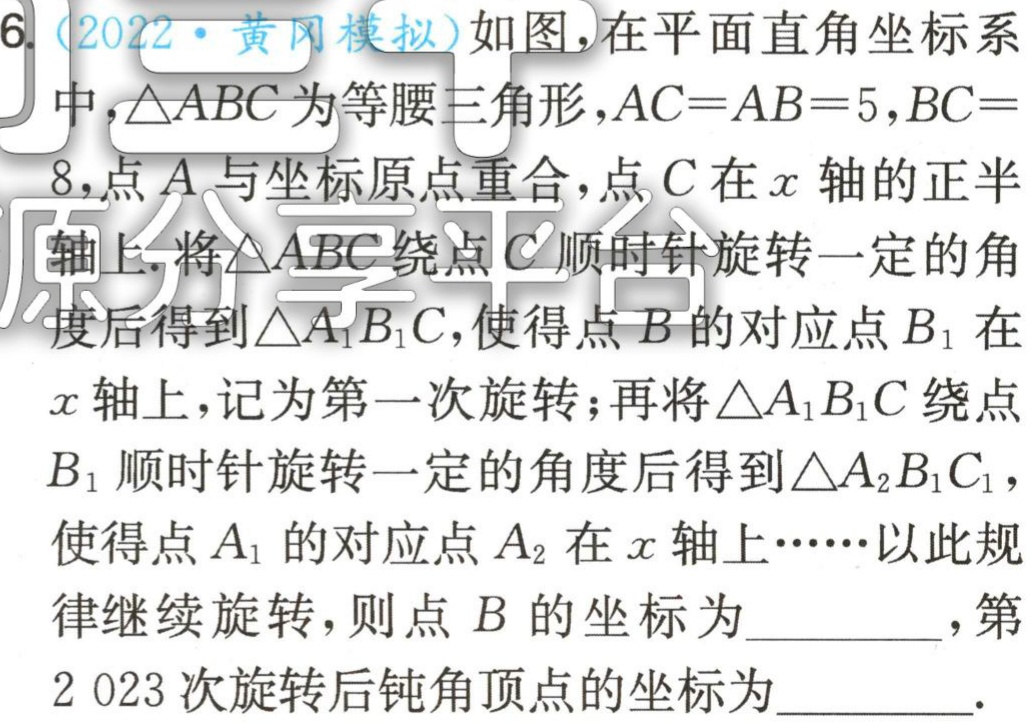
6.（2022·黄冈模拟）如图，在平面直角坐标系中，\(\triangle ABC\)为等腰三角形，\(AC = AB = 5\)，\(BC = 8\)，点\(A\)与坐标原点重合，点\(C\)在\(x\)轴的正半轴上.将\(\triangle ABC\)绕点\(C\)顺时针旋转一定的角度后得到\(\triangle A_{1}B_{1}C\)，使得点\(B\)的对应点\(B_{1}\)在\(x\)轴上，记为第一次旋转；再将\(\triangle A_{1}B_{1}C\)绕点\(B_{1}\)顺时针旋转一定的角度后得到\(\triangle A_{2}B_{1}C_{1}\)，使得点\(A_{1}\)的对应点\(A_{2}\)在\(x\)轴上……以此规律继续旋转，则点 \(B\)的坐标为________，第\(2 023\)次旋转后钝角顶点的坐标为________.